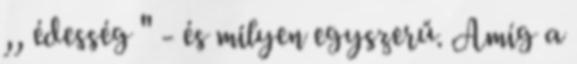
,, édesség " - és milyen egyszerű. Amíg a